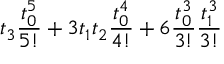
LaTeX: t _ { 3 } \frac { t _ { 0 } ^ { 5 } } { 5 ! } + 3 t _ { 1 } t _ { 2 } \frac { t _ { 0 } ^ { 4 } } { 4 ! } + 6 \frac { t _ { 0 } ^ { 3 } } { 3 ! } \frac { t _ { 1 } ^ { 3 } } { 3 ! }